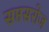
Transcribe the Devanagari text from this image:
सप्तसरोज